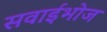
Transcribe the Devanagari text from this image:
सवाईभोज